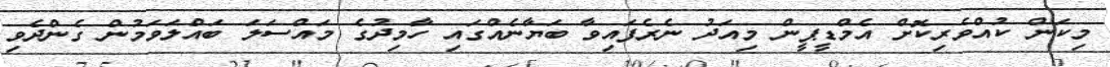
މިކަން ކުއްވެރިކޮށް އެމްޑީޕީން މިއަދު ނެރެފައިވާ ބަޔާނެއްގައި ހާމިދުގެ މައްސަލަ ބައްލަވަމުން ގެންދެވި